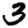
Digit: 3